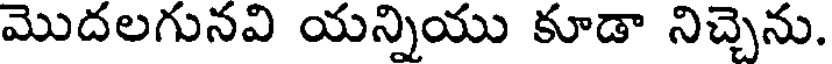
మొదలగునవి యన్నియు కూడా నిచ్చెను.